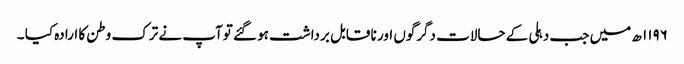
۱۱۹۶ ھ میں جب دہلی کے حالات دگرگوں اور نا قابل برداشت ہو گئے توآپ نے ترک وطن کا ارادہ کیا ۔